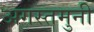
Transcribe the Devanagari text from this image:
अगस्‍तमुनी